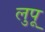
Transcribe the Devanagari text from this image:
लुपू